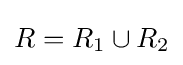
R=R_{1}\cup R_{2}